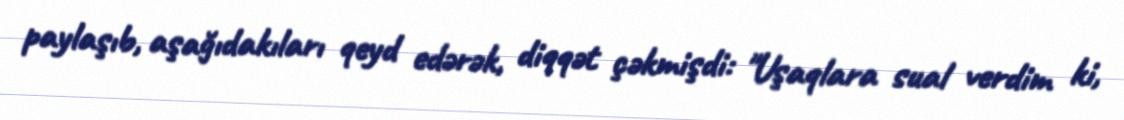
paylaşıb, aşağıdakıları qeyd edərək, diqqət çəkmişdi: "Uşaqlara sual verdim ki,